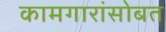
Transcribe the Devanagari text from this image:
कामगारांसोबत